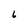
Character: 6